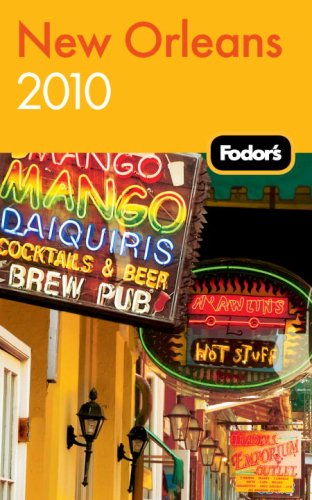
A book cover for Fodor's New Orleans 2010 (Travel Guide); Fodor's; Travel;